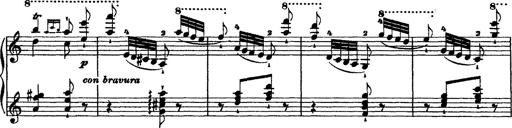
Title: Grandes Ã©tudes de Paganini
Composer: Franz Liszt